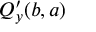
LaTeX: Q _ { y } ^ { \prime } ( b , a )